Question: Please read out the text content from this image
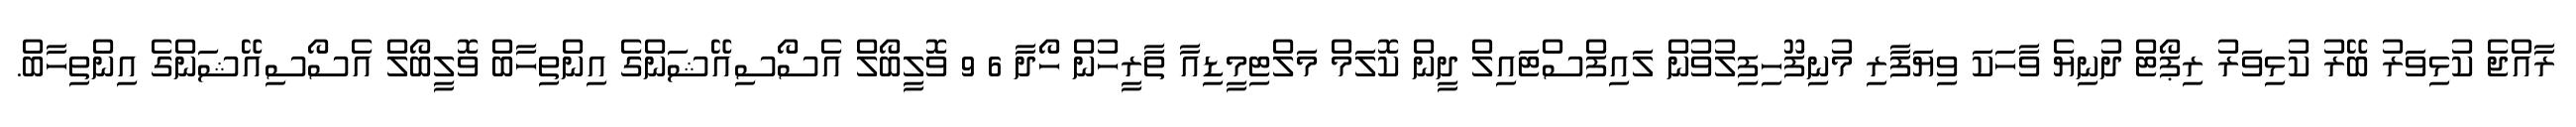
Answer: ރާއްޖެ ކުޅިވަރު ބޭރު ކުޅިވަރު ރިޕޯޓް ދުނިޔެ ވާހަކަ ވިޔަފާރި މުނިފޫހިފިލުވުން ލައިފްސްޓައިލް ދީން ކޮލަމް މަލްޓިމީޑިއާ ތާރީހުން ހޯދާ 6 9 ވޮލީބޯލް އެސޯސިއޭޝަންގެ އިންތިހާބް ވޮލީބޯލް އެސޯސިއޭޝަންގެ އިންތިހާބް.